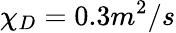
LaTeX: \chi_{D}=0.3m^{2}/s